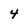
Character: 4